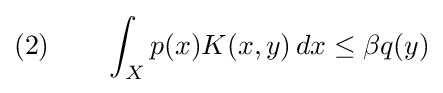
(2)\qquad \int _{X}p(x)K(x,y)\,dx\leq \beta q(y)